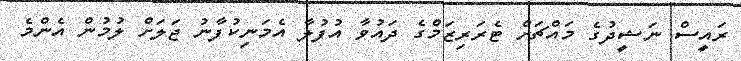
ރައީސް ނަޝީދުގެ މައްޗަށް ޓެރަރިޒަމްގެ ދައުވާ އުފުލާ އެމަނިކުފާނު ޖަލަށް ލުމުން އެންމެ